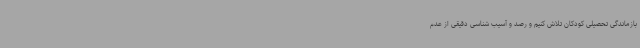
بازماندگی تحصیلی کودکان تلاش کنیم و رصد و آسیب شناسی دقیقی از عدم